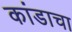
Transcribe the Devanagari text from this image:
कांडाचा